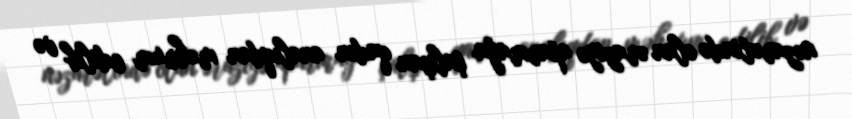
nəzarətində olan əraziyə aparmağa çalışan qadın analıqdan məhrum edilib və